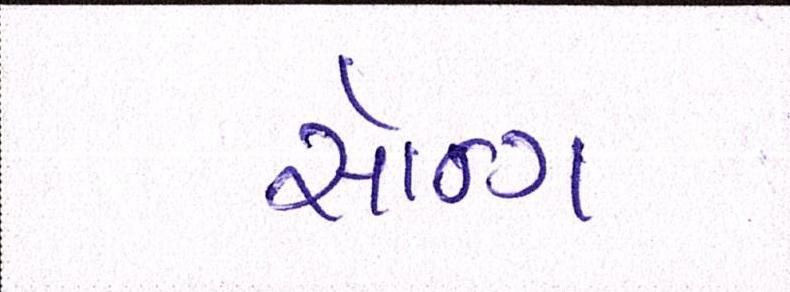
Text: સૉન્ગ